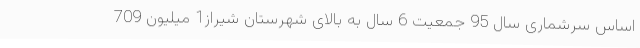
اساس سرشماری سال 95 جمعیت 6 سال به بالای شهرستان شیراز1 میلیون 709